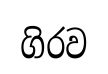
ගිරව